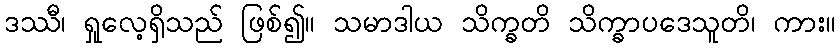
ဒဿီ၊ ရှုလေ့ရှိသည် ဖြစ်၍။ သမာဒါယ သိက္ခတိ သိက္ခာပဒေသူတိ၊ ကား။